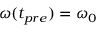
\omega ( t _ { p r e } ) = \omega _ { 0 }